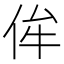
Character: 侔